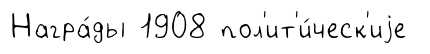
Награ́ды 1908 пол'ит'и́ческ'иjе